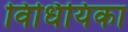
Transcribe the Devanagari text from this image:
विधियिका